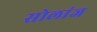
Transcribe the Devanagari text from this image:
सोलांज